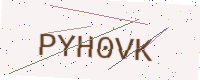
Text: PYH0VK